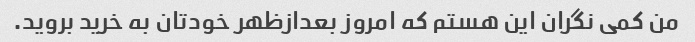
من کمی نگران این هستم که امروز بعدازظهر خودتان به خرید بروید.